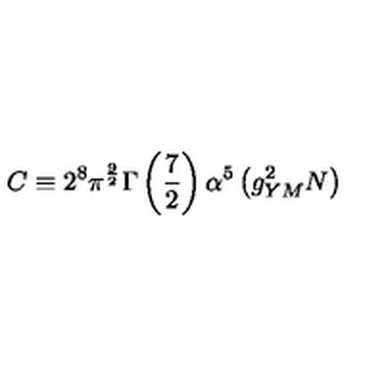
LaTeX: C \equiv 2 ^ { 8 } \pi ^ { \frac { 9 } { 2 } } \Gamma \left( { \frac { 7 } { 2 } } \right) \alpha ^ { 5 } \left( g _ { Y M } ^ { 2 } N \right)